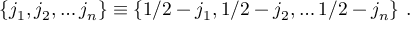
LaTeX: \{ j _ { 1 } , j _ { 2 } , \dots j _ { n } \} \equiv \{ 1 / 2 - j _ { 1 } , 1 / 2 - j _ { 2 } , \dots 1 / 2 - j _ { n } \} \ .